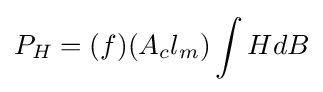
P_{H}=(f)(A_{c}l_{m})\int {HdB}